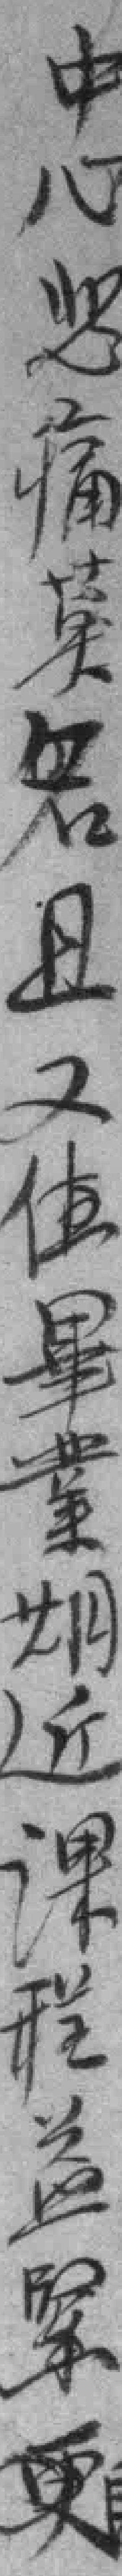
中心悲痛*名且又值畢業期近课程益緊